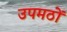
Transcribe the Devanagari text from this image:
उपमठों